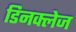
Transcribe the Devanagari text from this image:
डिनक्लेज